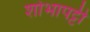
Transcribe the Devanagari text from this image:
शोभापट्टी